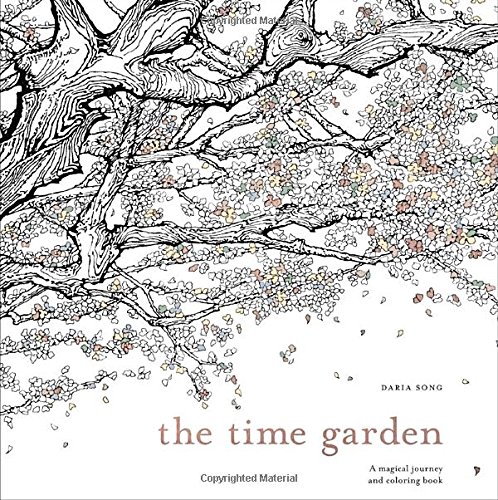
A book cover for The Time Garden: A Magical Journey and Coloring Book; Daria Song; Humor & Entertainment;